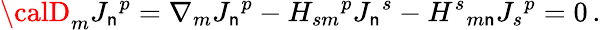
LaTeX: {\calD}_{m}{J_{\mathsf{n}}}^{p}=\nabla_{m}{J_{\mathsf{n}}}^{p}-H_{sm}{}^{p}{J_{\mathsf{n}}}^{s}-{H^{s}}_{m\mathsf{n}}{J_{s}}^{p}=0\, .